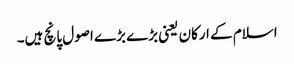
اسلام کے ارکان یعنی بڑے بڑے اصول پانچ ہیں۔